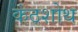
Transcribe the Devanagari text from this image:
कंठशोथ